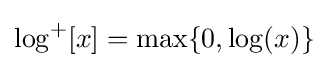
\log ^{+}[x]=\max\{0,\log(x)\}